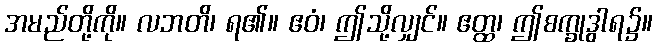
အမည်တို့ကို။ လဘတိ၊ ရ၏။ ဧဝံ၊ ဤသို့လျှင်။ ဧတ္ထ၊ ဤစက္ခုဒွါရ၌။